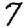
Digit: 7